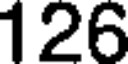
126